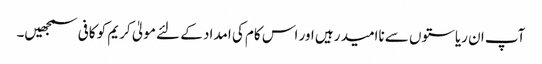
آپ ان ریاستوں سے ناامید رہیں اور اس کام کی امداد کے لئے مولیٰ کریم کو کافی سمجھیں۔